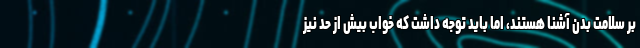
بر سلامت بدن آشنا هستند، اما باید توجه داشت که خواب بیش از حد نیز